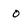
Character: o